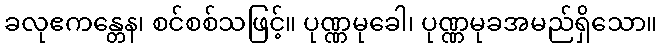
ခလုဧကန္တေန၊ စင်စစ်သဖြင့်။ ပုဏ္ဏမုခေါ၊ ပုဏ္ဏမုခအမည်ရှိသော။